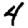
Digit: 4